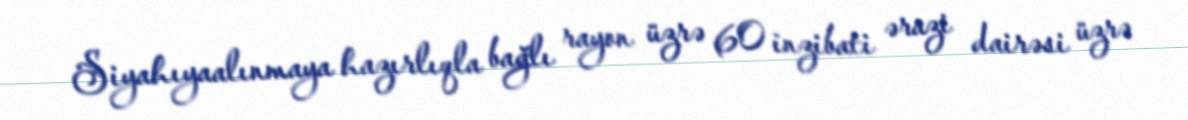
Siyahıyaalınmaya hazırlıqla bağlı rayon üzrə 60 inzibati ərazi dairəsi üzrə